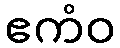
ဧကံဝ